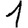
Digit: 1